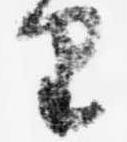
里